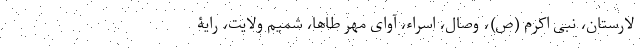
لارستان، نبی اکرم (ص)، وصال، اسراء، آوای مهر طاها، شمیم ولایت، رایة